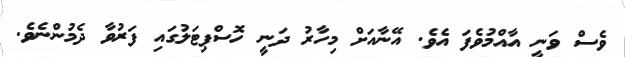
ވެސް ވަނީ އާއްމުވެފަ އެވެ. އޭނާއަށް މިހާރު ދަނީ ހޮސްޕިޓަލުގައި ފަރުވާ ދެމުންނެވެ.